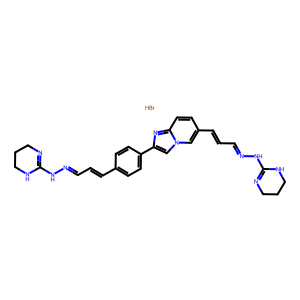
SMILES: Br.C(=Cc1ccc(-c2cn3cc(C=CC=NNC4=NCCCN4)ccc3n2)cc1)C=NNC1=NCCCN1
Inhibits HIV replication: No